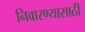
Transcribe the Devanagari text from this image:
निवारण्यासाठी